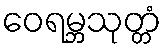
ဝေရမ္ဘသုတ္တံ